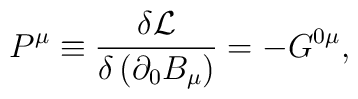
P^{\mu }\equiv \frac{\delta \mathcal{L}}{\delta \left( \partial _{0}B_{\mu}\right) }=-G^{0\mu },